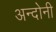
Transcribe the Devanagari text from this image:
अन्दोनी